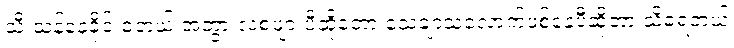
သီးသန့်နေခိုင်းခဲ့တယ် အဘွားလဲစဖျားပီဆိုတော့ သေချာသလောက်ဖစ်နေပီဆိုတာ သိခဲ့ရတယ်